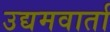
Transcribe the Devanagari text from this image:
उद्यमवार्ता